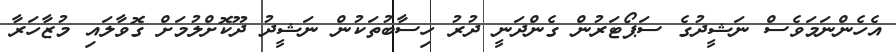
އެހެންނަމަވެސް ނަޝީދުގެ ސަޕޯޓަރުން ގެންދަނީ ދުރު ހިސާބުތަކުން ނަޝީދު ދޫކޮށްލުމަށް ގޮވާލައި މުޒާހަރާ